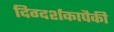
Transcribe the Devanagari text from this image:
दिग्दर्शकापैकी